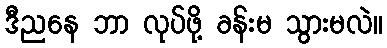
ဒီညနေ ဘာ လုပ်ဖို့ ခန်းမ သွားမလဲ။